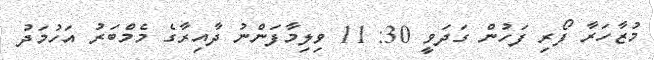
މުޒާހަރާ ފޯރި ފަހުން ގަދަވީ 30: 11 ވިލިމާފަންނު ދާއިރާގެ މެމްބަރު އަހުމަދު